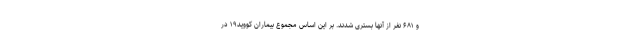
و ۶۸۱ نفر از آنها بستری شدند. بر این اساس مجموع بیماران کووید۱۹ در